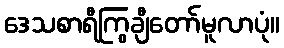
ဒေသစာရီကြွချီတော်မူလာပုံ။